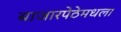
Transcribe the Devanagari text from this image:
बाजारपेठेमधला